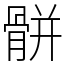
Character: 骿